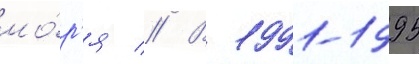
мо́р'я // В 1991-1995